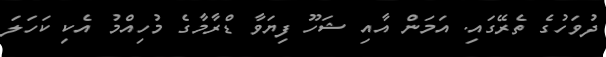
ދުވަހުގެ ތެރޭގައި. އަމަން އާއި ޝަހޫ ފިޔަވާ ޑްރާމާގެ މުހިއްމު އެކި ކަހަލަ